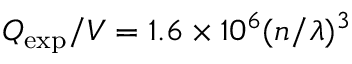
Q _ { \mathrm { e x p } } / V = 1 . 6 \times 1 0 ^ { 6 } ( n / \lambda ) ^ { 3 }